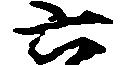
六